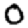
Digit: 0